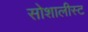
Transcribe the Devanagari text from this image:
सोशालीस्ट